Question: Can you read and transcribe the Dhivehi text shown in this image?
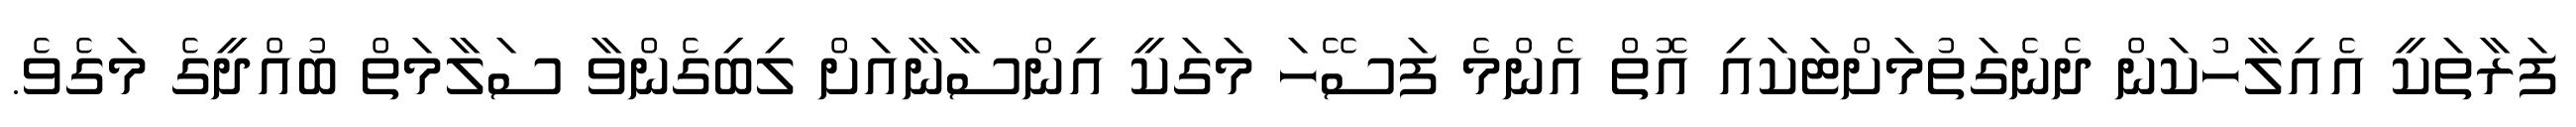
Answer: ފަރާތަކީ އެއިލާހުކަން ދެނެގަތުމަށްޓަކައި އޮތް އެންމެ ފަސޭހަ މަގަކީ އިންސާނާއަށް ލިބިގެންވާ ސަލާމަތް ބުއްދީގެ މަގެވެ.